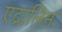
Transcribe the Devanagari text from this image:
एद्रालिन